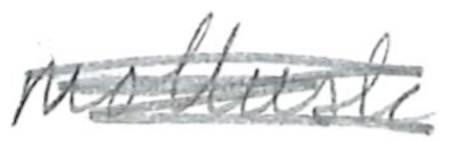
Text: mollusk
Cross-out: mix
Writing tool: pencil